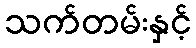
သက်တမ်းနှင့်